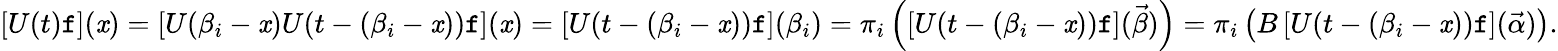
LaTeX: \left[U(t)\mathtt{f}\right](\mathit{x})=\left[U(\beta_{i}-\mathit{x})U(t-(\beta_{i}-\mathit{x}))\mathtt{f}\right](\mathit{x})=\left[U(t-(\beta_{i}-\mathit{x}))\mathtt{f}\right](\beta_{i})=\pi_{i}\left(\left[U(t-(\beta_{i}-\mathit{x}))\mathtt{f}\right](\vec{{\beta}})\right)=\pi_{i}\left(B\left[U(t-(\beta_{i}-\mathit{x}))\mathtt{f}\right](\vec{{\alpha}})\right).